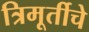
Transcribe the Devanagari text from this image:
त्रिमूर्तीचे